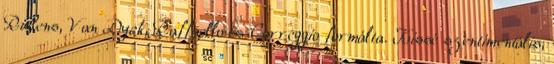
Rubens, Van Dyck, Raffaello és Correggio formálta. Kissé szentimentális,